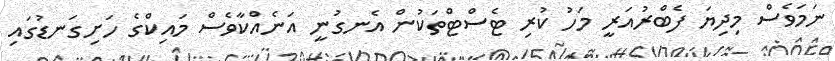
ނަމަވެސް މިދިޔަ ފެބްރުއަރީ މަހު ކުރި ޓެސްޓްތަކުން އެނގުނީ އަނެއްކާވެސް މައިކްގެ ހަށިގަނޑުގައި